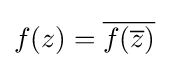
\displaystyle f(z)={\overline {f({\overline {z}})}}